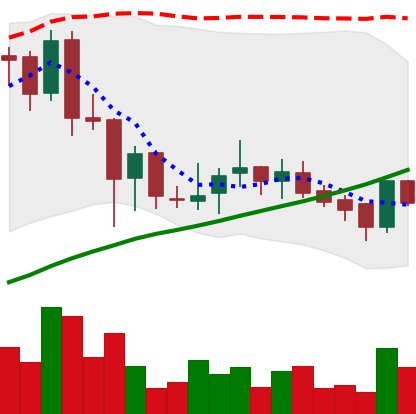
Ticker: BNB-USD
Chart end date: 2018-07-08
Forward return: -12.949%
Label: down_7plus